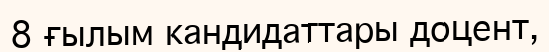
8 ғылым кандидаттары доцент,